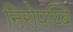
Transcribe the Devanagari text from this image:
निरोपय्बि